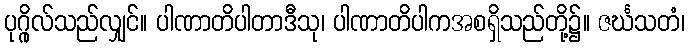
ပုဂ္ဂိုလ်သည်လျှင်။ ပါဏာတိပါတာဒီသု၊ ပါဏာတိပါကအစရှိသည်တို့၌။ ဇင်္ဃသတံ၊